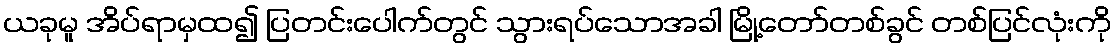
ယခုမူ အိပ်ရာမှထ၍ ပြတင်းပေါက်တွင် သွားရပ်သောအခါ မြို့တော်တစ်ခွင် တစ်ပြင်လုံးကို